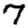
Digit: 7